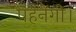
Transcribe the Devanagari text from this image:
पहनेंगी।